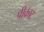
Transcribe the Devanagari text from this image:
पीकाट